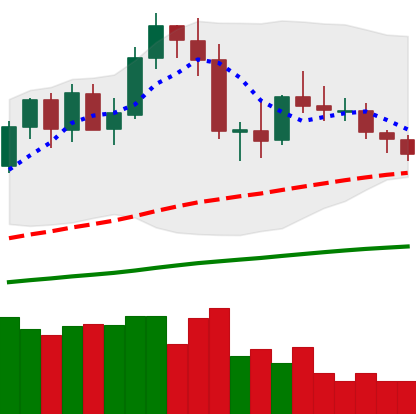
Ticker: NEO-USD
Chart end date: 2020-09-30
Forward return: -7.381%
Label: down_7plus